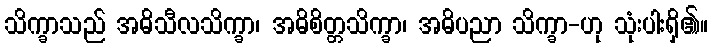
သိက္ခာသည် အဓိသီလသိက္ခာ၊ အဓိစိတ္တသိက္ခာ၊ အဓိပညာ သိက္ခာ-ဟု သုံးပါးရှိ၏။